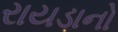
રાયડાનો